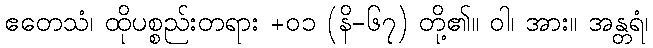
ဧတေသံ၊ ထိုပစ္စည်းတရား +၀၁ (နိ-၆၇) တို့၏။ ဝါ၊ အား။ အန္တရံ၊